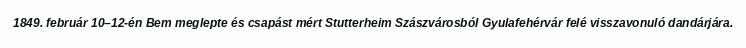
1849. február 10–12-én Bem meglepte és csapást mért Stutterheim Szászvárosból Gyulafehérvár felé visszavonuló dandárjára.